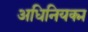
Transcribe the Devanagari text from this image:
अधिनियक्म